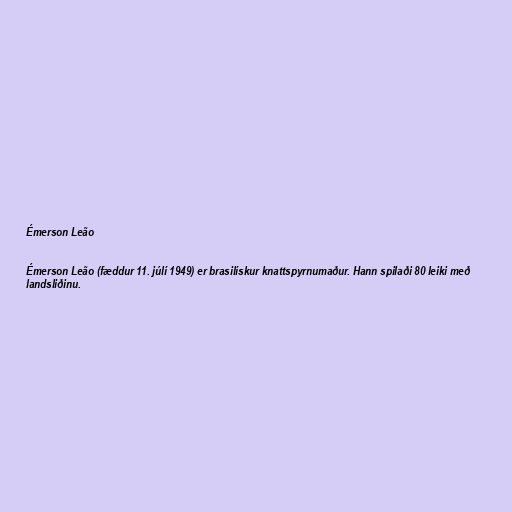
Émerson Leão

Émerson Leão (fæddur 11. júlí 1949) er brasilískur knattspyrnumaður. Hann spilaði 80 leiki með
landsliðinu.